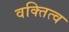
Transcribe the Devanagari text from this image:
वक्तित्व